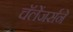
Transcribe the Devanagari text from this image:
चॅलेंजर्सने